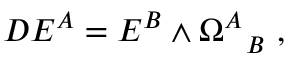
D E ^ { A } = E ^ { B } \wedge \Omega _ { ~ ~ B } ^ { A } ~ ,